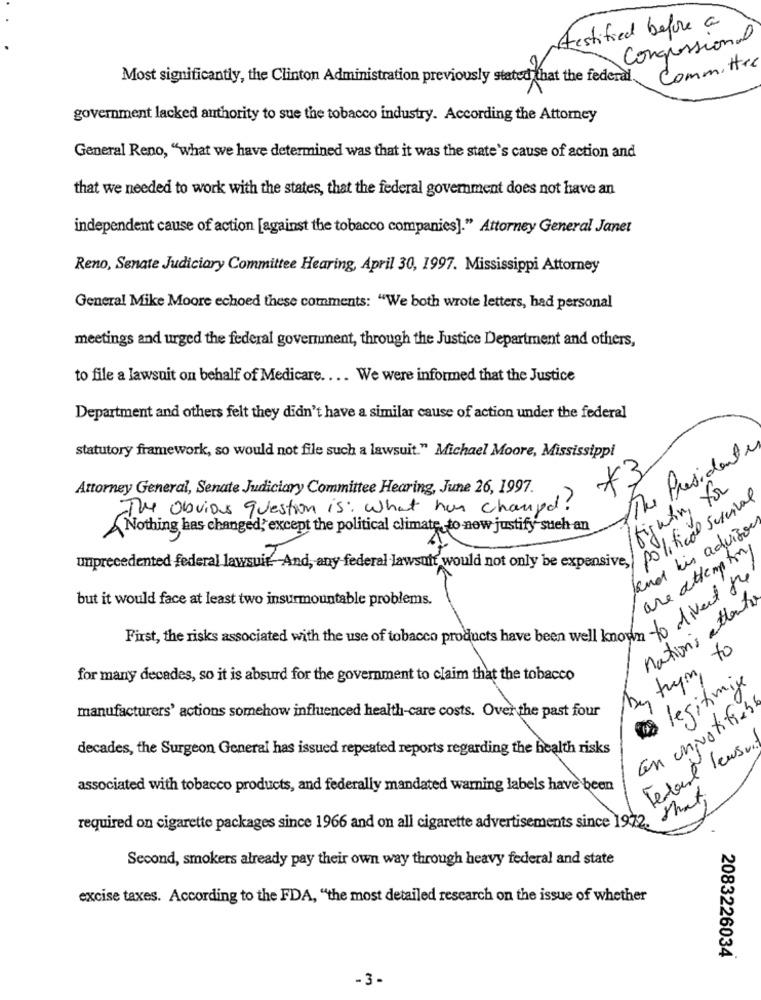
testified before a
Congressional
Committee
Most significantly, the Clinton Administration previously stated that the federal,
government lacked authority to sue the tobacco industry. According the Attorney
General Reno, "what we have determined was that it was the state's cause of action and
that we needed to work with the states, that the federal government does not have an
independent cause of action [against the tobacco companies]." Attorney General Janet
Reno, Senate Judiciary Committee Hearing, April 30, 1997. Mississippi Attorney
General Mike Moore echoed these comments: "We both wrote letters, had personal
meetings and urged the federal government, through the Justice Department and others,
to file a lawsuit on behalf of Medicare .... We were informed that the Justice
Department and others felt they didn't have a similar cause of action under the federal
statutory framework, so would not file such a lawsuit." Michael Moore, Mississippi
The Presidente
+3
Attorney General, Senate Judiciary Committee Hearing, June 26, 1997.
fighting for
political survival
The Obvious question is: What has changed!
and his advisor
Nothing has changed; except the political climate, to now justify such an
are attempton
unprecedented federal lawsuit. And, any federal lawsuit would not only be expensive,
but it would face at least two insurmountable problems.
nation's attente
First, the risks associated with the use of tobacco products have been null. 1ver A
tryn to
for many decades, so it is absurd for the government to claim that the tobacco
legitimige
manufacturers' actions somehow influenced health-care costs. Over the past four
En univotitiens
Telest lawsuit
decades, the Surgeon General has issued repeated reports regarding the health risks
associated with tobacco products, and federally mandated warning labels have been
that
required on cigarette packages since 1966 and on all cigarette advertisements since 197
Second, smokers already pay their own way through heavy federal and state
excise taxes. According to the FDA, "the most detailed research on the issue of whether
2083226034
-3-